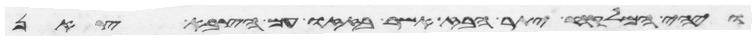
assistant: ויהי המלקח יתר הבז אשר בזזו עם הצבא צאן